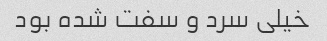
خیلی سرد و سفت شده بود